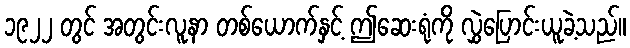
၁၉၂၂ တွင် အတွင်းလူနာ တစ်ယောက်နှင့် ဤဆေးရုံကို လွှဲပြောင်းယူခဲ့သည်။